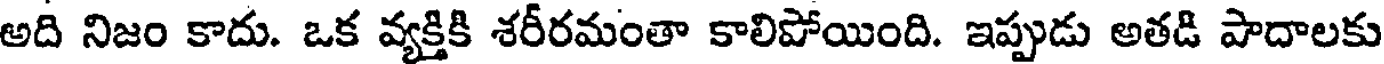
అది నిజం కాదు. ఒక వ్యక్తికి శరీరమంతా కాలిపోయింది. ఇప్పుడు అతడి పాదాలకు